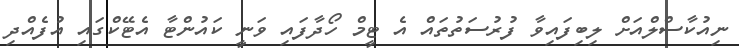
ނިއުކާސްލްއަށް ލިބިފައިވާ ފުރުސަތުތައް އެ ޓީމް ހޯދާފައި ވަނީ ކައުންޓާ އެޓޭކްގައި އުފެއްދި